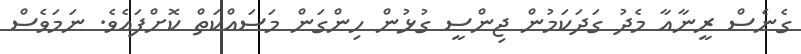
ގެނެސް ރީނާއާ މެދު ގަދަކަމުން ޖިންސީ ގުޅުން ހިންގަން މަސައްކަތް ކޮށްފައެވެ. ނަމަވެސް